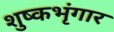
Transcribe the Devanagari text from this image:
शुष्कभृंगार